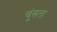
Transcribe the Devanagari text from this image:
चूंसता